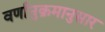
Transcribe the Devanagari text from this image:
वर्णानुक्रमानुसार